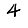
Digit: 4